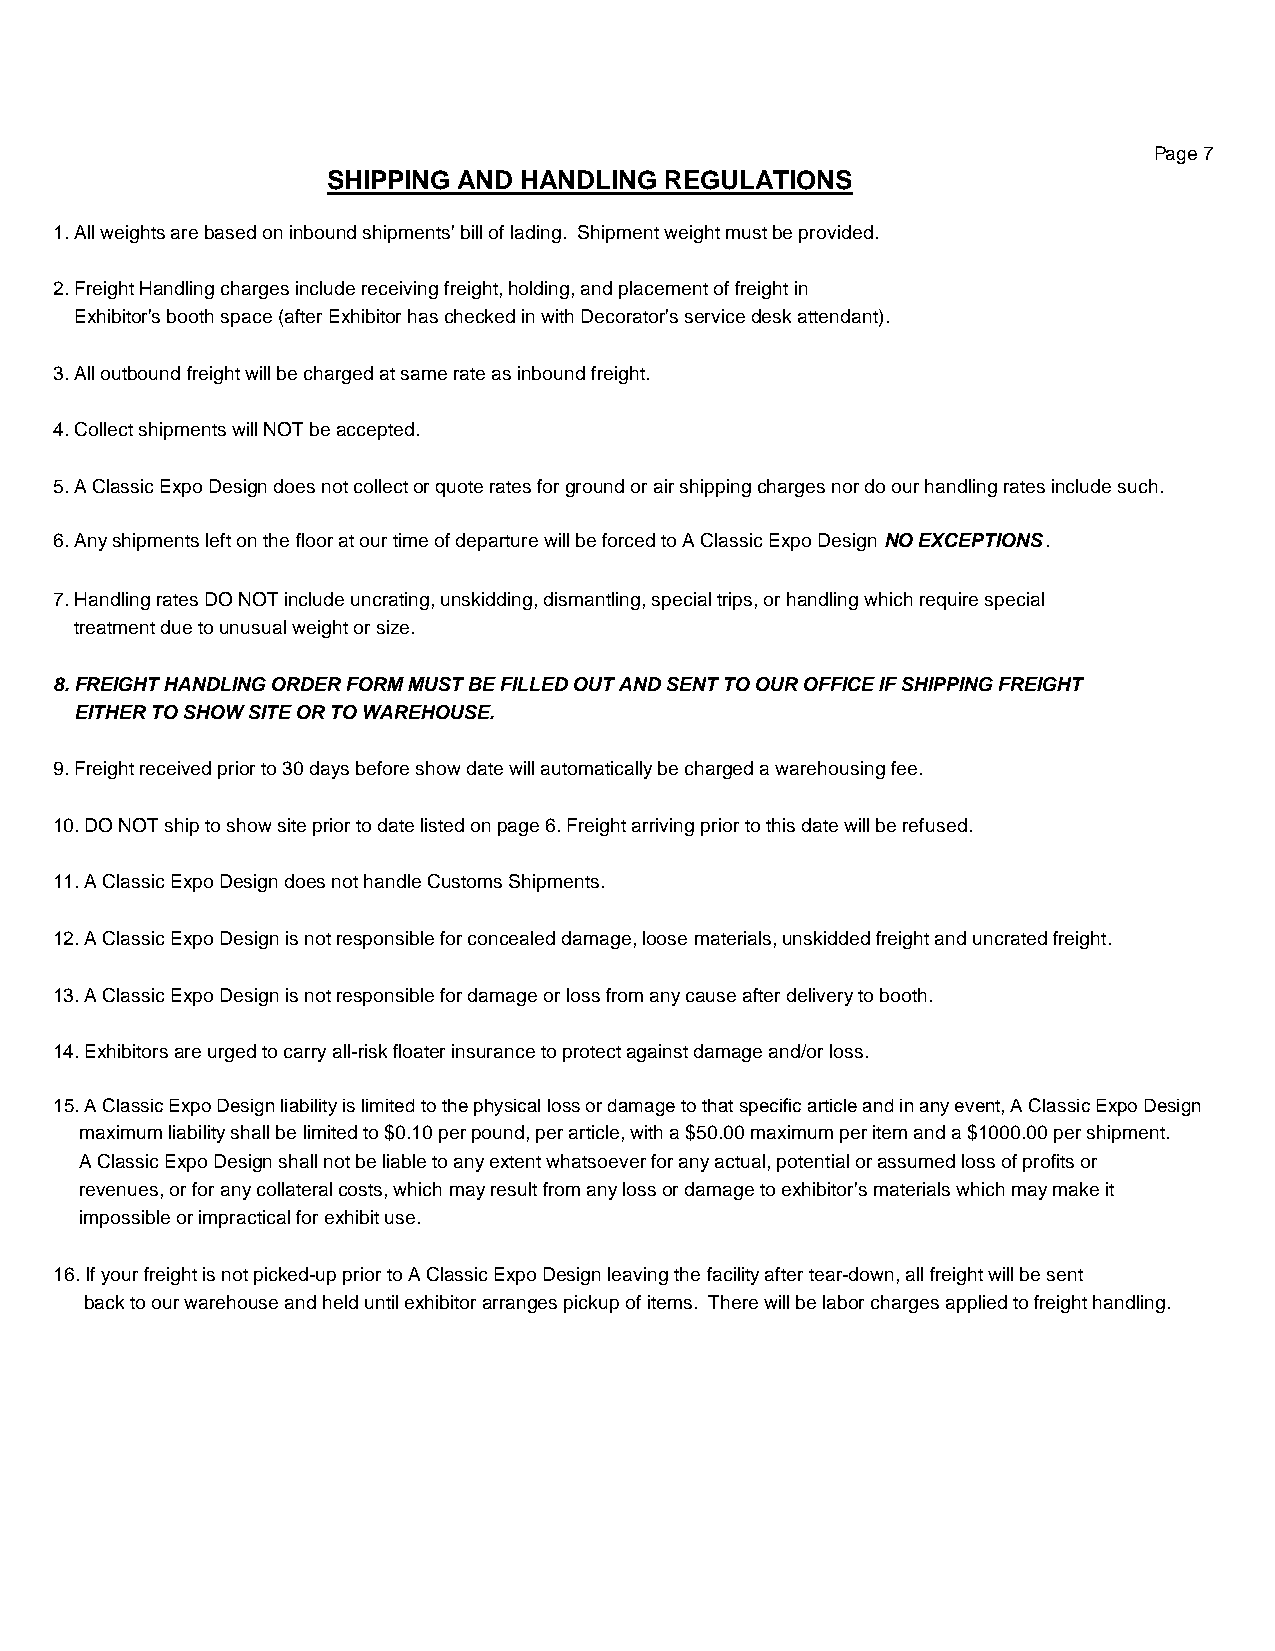
Page 7
 SHIPPING AND HANDLING REGULATIONS
 1. All weights are based on inbound shipments' bill of lading. Shipment weight must be provided.
 2. Freight Handling charges include receiving freight, holding, and placement of freight in
 Exhibitor's booth space (after Exhibitor has checked in with Decorator's service desk attendant).
 3. All outbound freight will be charged at same rate as inbound freight.
 4. Collect shipments will NOT be accepted.
 5. A Classic Expo Design does not collect or quote rates for ground or air shipping charges nor do our handling rates include such.
 6. Any shipments left on the floor at our time of departure will be forced to A Classic Expo Design NO EXCEPTIONS.
 7. Handling rates DO NOT include uncrating, unskidding, dismantling, special trips, or handling which require special
 treatment due to unusual weight or size.
 8. FREIGHT HANDLING ORDER FORM MUST BE FILLED OUT AND SENT TO OUR OFFICE IF SHIPPING FREIGHT
 EITHER TO SHOW SITE OR TO WAREHOUSE.
 9. Freight received prior to 30 days before show date will automatically be charged a warehousing fee.
 10. DO NOT ship to show site prior to date listed on page 6. Freight arriving prior to this date will be refused.
 11. A Classic Expo Design does not handle Customs Shipments.
 12. A Classic Expo Design is not responsible for concealed damage, loose materials, unskidded freight and uncrated freight.
 13. A Classic Expo Design is not responsible for damage or loss from any cause after delivery to booth.
 14. Exhibitors are urged to carry all-risk floater insurance to protect against damage and/or loss.
 15. A Classic Expo Design liability is limited to the physical loss or damage to that specific article and in any event, A Classic Expo Design
 maximum liability shall be limited to $0.10 per pound, per article, with a $50.00 maximum per item and a $1000.00 per shipment.
 A Classic Expo Design shall not be liable to any extent whatsoever for any actual, potential or assumed loss of profits or
 revenues, or for any collateral costs, which may result from any loss or damage to exhibitor's materials which may make it
 impossible or impractical for exhibit use.
 16. If your freight is not picked-up prior to A Classic Expo Design leaving the facility after tear-down, all freight will be sent
 back to our warehouse and held until exhibitor arranges pickup of items. There will be labor charges applied to freight handling.